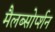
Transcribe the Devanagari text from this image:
मैलब्सोर्प्शन